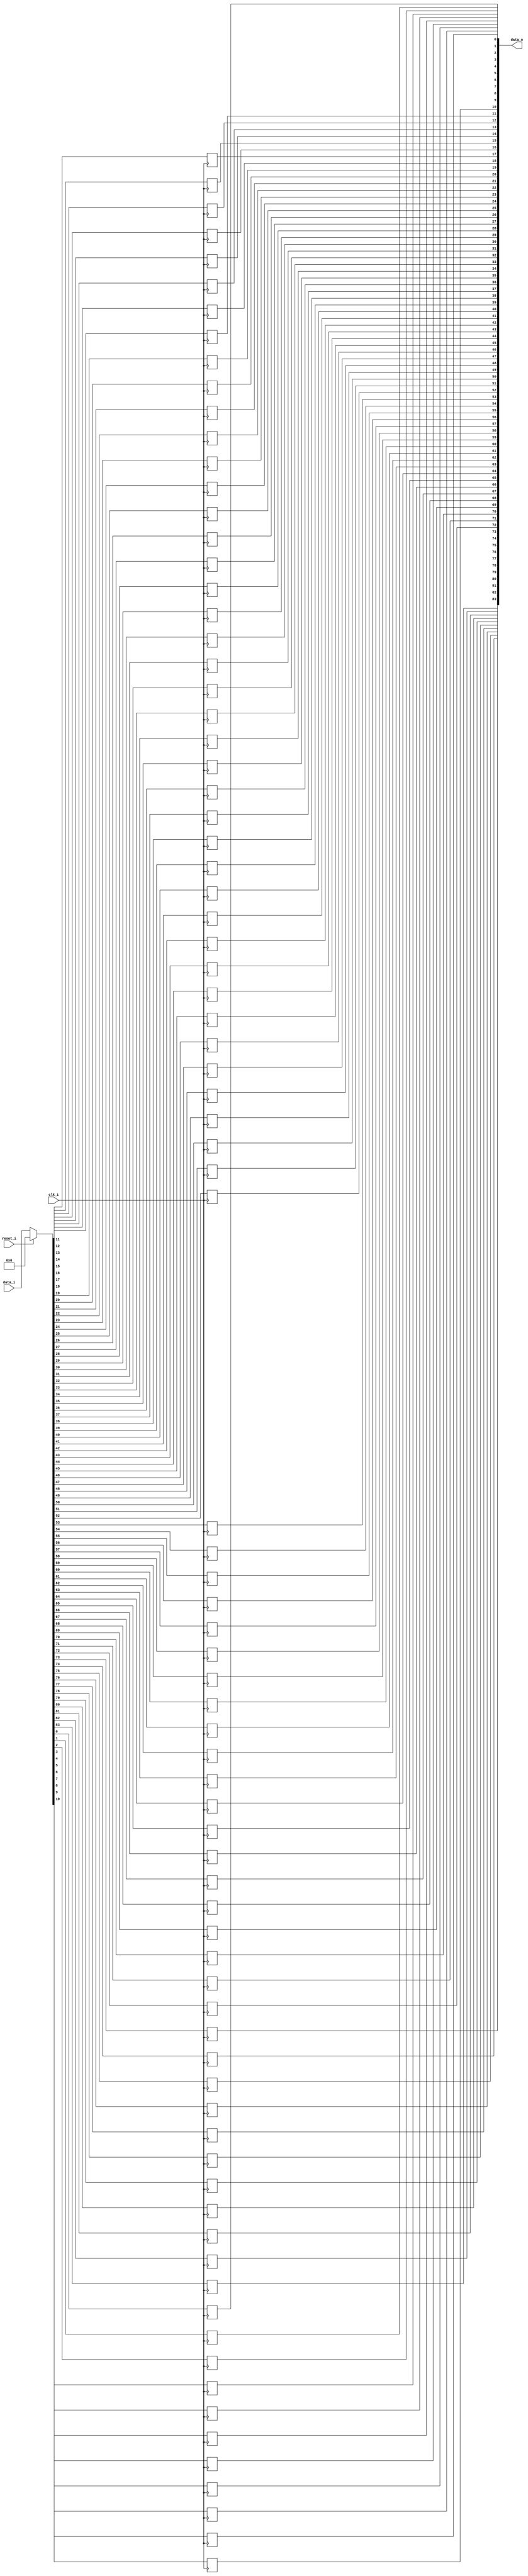
module bsg_dff_reset_width_p84
(
  clk_i,
  reset_i,
  data_i,
  data_o
);

  input [83:0] data_i;
  output [83:0] data_o;
  input clk_i;
  input reset_i;
  wire [83:0] data_o;
  wire N0,N1,N2,N3,N4,N5,N6,N7,N8,N9,N10,N11,N12,N13,N14,N15,N16,N17,N18,N19,N20,N21,
  N22,N23,N24,N25,N26,N27,N28,N29,N30,N31,N32,N33,N34,N35,N36,N37,N38,N39,N40,N41,
  N42,N43,N44,N45,N46,N47,N48,N49,N50,N51,N52,N53,N54,N55,N56,N57,N58,N59,N60,N61,
  N62,N63,N64,N65,N66,N67,N68,N69,N70,N71,N72,N73,N74,N75,N76,N77,N78,N79,N80,N81,
  N82,N83,N84,N85,N86;
  reg data_o_83_sv2v_reg,data_o_82_sv2v_reg,data_o_81_sv2v_reg,data_o_80_sv2v_reg,
  data_o_79_sv2v_reg,data_o_78_sv2v_reg,data_o_77_sv2v_reg,data_o_76_sv2v_reg,
  data_o_75_sv2v_reg,data_o_74_sv2v_reg,data_o_73_sv2v_reg,data_o_72_sv2v_reg,
  data_o_71_sv2v_reg,data_o_70_sv2v_reg,data_o_69_sv2v_reg,data_o_68_sv2v_reg,
  data_o_67_sv2v_reg,data_o_66_sv2v_reg,data_o_65_sv2v_reg,data_o_64_sv2v_reg,data_o_63_sv2v_reg,
  data_o_62_sv2v_reg,data_o_61_sv2v_reg,data_o_60_sv2v_reg,data_o_59_sv2v_reg,
  data_o_58_sv2v_reg,data_o_57_sv2v_reg,data_o_56_sv2v_reg,data_o_55_sv2v_reg,
  data_o_54_sv2v_reg,data_o_53_sv2v_reg,data_o_52_sv2v_reg,data_o_51_sv2v_reg,
  data_o_50_sv2v_reg,data_o_49_sv2v_reg,data_o_48_sv2v_reg,data_o_47_sv2v_reg,
  data_o_46_sv2v_reg,data_o_45_sv2v_reg,data_o_44_sv2v_reg,data_o_43_sv2v_reg,data_o_42_sv2v_reg,
  data_o_41_sv2v_reg,data_o_40_sv2v_reg,data_o_39_sv2v_reg,data_o_38_sv2v_reg,
  data_o_37_sv2v_reg,data_o_36_sv2v_reg,data_o_35_sv2v_reg,data_o_34_sv2v_reg,
  data_o_33_sv2v_reg,data_o_32_sv2v_reg,data_o_31_sv2v_reg,data_o_30_sv2v_reg,
  data_o_29_sv2v_reg,data_o_28_sv2v_reg,data_o_27_sv2v_reg,data_o_26_sv2v_reg,
  data_o_25_sv2v_reg,data_o_24_sv2v_reg,data_o_23_sv2v_reg,data_o_22_sv2v_reg,data_o_21_sv2v_reg,
  data_o_20_sv2v_reg,data_o_19_sv2v_reg,data_o_18_sv2v_reg,data_o_17_sv2v_reg,
  data_o_16_sv2v_reg,data_o_15_sv2v_reg,data_o_14_sv2v_reg,data_o_13_sv2v_reg,
  data_o_12_sv2v_reg,data_o_11_sv2v_reg,data_o_10_sv2v_reg,data_o_9_sv2v_reg,
  data_o_8_sv2v_reg,data_o_7_sv2v_reg,data_o_6_sv2v_reg,data_o_5_sv2v_reg,data_o_4_sv2v_reg,
  data_o_3_sv2v_reg,data_o_2_sv2v_reg,data_o_1_sv2v_reg,data_o_0_sv2v_reg;
  assign data_o[83] = data_o_83_sv2v_reg;
  assign data_o[82] = data_o_82_sv2v_reg;
  assign data_o[81] = data_o_81_sv2v_reg;
  assign data_o[80] = data_o_80_sv2v_reg;
  assign data_o[79] = data_o_79_sv2v_reg;
  assign data_o[78] = data_o_78_sv2v_reg;
  assign data_o[77] = data_o_77_sv2v_reg;
  assign data_o[76] = data_o_76_sv2v_reg;
  assign data_o[75] = data_o_75_sv2v_reg;
  assign data_o[74] = data_o_74_sv2v_reg;
  assign data_o[73] = data_o_73_sv2v_reg;
  assign data_o[72] = data_o_72_sv2v_reg;
  assign data_o[71] = data_o_71_sv2v_reg;
  assign data_o[70] = data_o_70_sv2v_reg;
  assign data_o[69] = data_o_69_sv2v_reg;
  assign data_o[68] = data_o_68_sv2v_reg;
  assign data_o[67] = data_o_67_sv2v_reg;
  assign data_o[66] = data_o_66_sv2v_reg;
  assign data_o[65] = data_o_65_sv2v_reg;
  assign data_o[64] = data_o_64_sv2v_reg;
  assign data_o[63] = data_o_63_sv2v_reg;
  assign data_o[62] = data_o_62_sv2v_reg;
  assign data_o[61] = data_o_61_sv2v_reg;
  assign data_o[60] = data_o_60_sv2v_reg;
  assign data_o[59] = data_o_59_sv2v_reg;
  assign data_o[58] = data_o_58_sv2v_reg;
  assign data_o[57] = data_o_57_sv2v_reg;
  assign data_o[56] = data_o_56_sv2v_reg;
  assign data_o[55] = data_o_55_sv2v_reg;
  assign data_o[54] = data_o_54_sv2v_reg;
  assign data_o[53] = data_o_53_sv2v_reg;
  assign data_o[52] = data_o_52_sv2v_reg;
  assign data_o[51] = data_o_51_sv2v_reg;
  assign data_o[50] = data_o_50_sv2v_reg;
  assign data_o[49] = data_o_49_sv2v_reg;
  assign data_o[48] = data_o_48_sv2v_reg;
  assign data_o[47] = data_o_47_sv2v_reg;
  assign data_o[46] = data_o_46_sv2v_reg;
  assign data_o[45] = data_o_45_sv2v_reg;
  assign data_o[44] = data_o_44_sv2v_reg;
  assign data_o[43] = data_o_43_sv2v_reg;
  assign data_o[42] = data_o_42_sv2v_reg;
  assign data_o[41] = data_o_41_sv2v_reg;
  assign data_o[40] = data_o_40_sv2v_reg;
  assign data_o[39] = data_o_39_sv2v_reg;
  assign data_o[38] = data_o_38_sv2v_reg;
  assign data_o[37] = data_o_37_sv2v_reg;
  assign data_o[36] = data_o_36_sv2v_reg;
  assign data_o[35] = data_o_35_sv2v_reg;
  assign data_o[34] = data_o_34_sv2v_reg;
  assign data_o[33] = data_o_33_sv2v_reg;
  assign data_o[32] = data_o_32_sv2v_reg;
  assign data_o[31] = data_o_31_sv2v_reg;
  assign data_o[30] = data_o_30_sv2v_reg;
  assign data_o[29] = data_o_29_sv2v_reg;
  assign data_o[28] = data_o_28_sv2v_reg;
  assign data_o[27] = data_o_27_sv2v_reg;
  assign data_o[26] = data_o_26_sv2v_reg;
  assign data_o[25] = data_o_25_sv2v_reg;
  assign data_o[24] = data_o_24_sv2v_reg;
  assign data_o[23] = data_o_23_sv2v_reg;
  assign data_o[22] = data_o_22_sv2v_reg;
  assign data_o[21] = data_o_21_sv2v_reg;
  assign data_o[20] = data_o_20_sv2v_reg;
  assign data_o[19] = data_o_19_sv2v_reg;
  assign data_o[18] = data_o_18_sv2v_reg;
  assign data_o[17] = data_o_17_sv2v_reg;
  assign data_o[16] = data_o_16_sv2v_reg;
  assign data_o[15] = data_o_15_sv2v_reg;
  assign data_o[14] = data_o_14_sv2v_reg;
  assign data_o[13] = data_o_13_sv2v_reg;
  assign data_o[12] = data_o_12_sv2v_reg;
  assign data_o[11] = data_o_11_sv2v_reg;
  assign data_o[10] = data_o_10_sv2v_reg;
  assign data_o[9] = data_o_9_sv2v_reg;
  assign data_o[8] = data_o_8_sv2v_reg;
  assign data_o[7] = data_o_7_sv2v_reg;
  assign data_o[6] = data_o_6_sv2v_reg;
  assign data_o[5] = data_o_5_sv2v_reg;
  assign data_o[4] = data_o_4_sv2v_reg;
  assign data_o[3] = data_o_3_sv2v_reg;
  assign data_o[2] = data_o_2_sv2v_reg;
  assign data_o[1] = data_o_1_sv2v_reg;
  assign data_o[0] = data_o_0_sv2v_reg;

  always @(posedge clk_i) begin
    if(1'b1) begin
      data_o_83_sv2v_reg <= N86;
    end 
  end


  always @(posedge clk_i) begin
    if(1'b1) begin
      data_o_82_sv2v_reg <= N85;
    end 
  end


  always @(posedge clk_i) begin
    if(1'b1) begin
      data_o_81_sv2v_reg <= N84;
    end 
  end


  always @(posedge clk_i) begin
    if(1'b1) begin
      data_o_80_sv2v_reg <= N83;
    end 
  end


  always @(posedge clk_i) begin
    if(1'b1) begin
      data_o_79_sv2v_reg <= N82;
    end 
  end


  always @(posedge clk_i) begin
    if(1'b1) begin
      data_o_78_sv2v_reg <= N81;
    end 
  end


  always @(posedge clk_i) begin
    if(1'b1) begin
      data_o_77_sv2v_reg <= N80;
    end 
  end


  always @(posedge clk_i) begin
    if(1'b1) begin
      data_o_76_sv2v_reg <= N79;
    end 
  end


  always @(posedge clk_i) begin
    if(1'b1) begin
      data_o_75_sv2v_reg <= N78;
    end 
  end


  always @(posedge clk_i) begin
    if(1'b1) begin
      data_o_74_sv2v_reg <= N77;
    end 
  end


  always @(posedge clk_i) begin
    if(1'b1) begin
      data_o_73_sv2v_reg <= N76;
    end 
  end


  always @(posedge clk_i) begin
    if(1'b1) begin
      data_o_72_sv2v_reg <= N75;
    end 
  end


  always @(posedge clk_i) begin
    if(1'b1) begin
      data_o_71_sv2v_reg <= N74;
    end 
  end


  always @(posedge clk_i) begin
    if(1'b1) begin
      data_o_70_sv2v_reg <= N73;
    end 
  end


  always @(posedge clk_i) begin
    if(1'b1) begin
      data_o_69_sv2v_reg <= N72;
    end 
  end


  always @(posedge clk_i) begin
    if(1'b1) begin
      data_o_68_sv2v_reg <= N71;
    end 
  end


  always @(posedge clk_i) begin
    if(1'b1) begin
      data_o_67_sv2v_reg <= N70;
    end 
  end


  always @(posedge clk_i) begin
    if(1'b1) begin
      data_o_66_sv2v_reg <= N69;
    end 
  end


  always @(posedge clk_i) begin
    if(1'b1) begin
      data_o_65_sv2v_reg <= N68;
    end 
  end


  always @(posedge clk_i) begin
    if(1'b1) begin
      data_o_64_sv2v_reg <= N67;
    end 
  end


  always @(posedge clk_i) begin
    if(1'b1) begin
      data_o_63_sv2v_reg <= N66;
    end 
  end


  always @(posedge clk_i) begin
    if(1'b1) begin
      data_o_62_sv2v_reg <= N65;
    end 
  end


  always @(posedge clk_i) begin
    if(1'b1) begin
      data_o_61_sv2v_reg <= N64;
    end 
  end


  always @(posedge clk_i) begin
    if(1'b1) begin
      data_o_60_sv2v_reg <= N63;
    end 
  end


  always @(posedge clk_i) begin
    if(1'b1) begin
      data_o_59_sv2v_reg <= N62;
    end 
  end


  always @(posedge clk_i) begin
    if(1'b1) begin
      data_o_58_sv2v_reg <= N61;
    end 
  end


  always @(posedge clk_i) begin
    if(1'b1) begin
      data_o_57_sv2v_reg <= N60;
    end 
  end


  always @(posedge clk_i) begin
    if(1'b1) begin
      data_o_56_sv2v_reg <= N59;
    end 
  end


  always @(posedge clk_i) begin
    if(1'b1) begin
      data_o_55_sv2v_reg <= N58;
    end 
  end


  always @(posedge clk_i) begin
    if(1'b1) begin
      data_o_54_sv2v_reg <= N57;
    end 
  end


  always @(posedge clk_i) begin
    if(1'b1) begin
      data_o_53_sv2v_reg <= N56;
    end 
  end


  always @(posedge clk_i) begin
    if(1'b1) begin
      data_o_52_sv2v_reg <= N55;
    end 
  end


  always @(posedge clk_i) begin
    if(1'b1) begin
      data_o_51_sv2v_reg <= N54;
    end 
  end


  always @(posedge clk_i) begin
    if(1'b1) begin
      data_o_50_sv2v_reg <= N53;
    end 
  end


  always @(posedge clk_i) begin
    if(1'b1) begin
      data_o_49_sv2v_reg <= N52;
    end 
  end


  always @(posedge clk_i) begin
    if(1'b1) begin
      data_o_48_sv2v_reg <= N51;
    end 
  end


  always @(posedge clk_i) begin
    if(1'b1) begin
      data_o_47_sv2v_reg <= N50;
    end 
  end


  always @(posedge clk_i) begin
    if(1'b1) begin
      data_o_46_sv2v_reg <= N49;
    end 
  end


  always @(posedge clk_i) begin
    if(1'b1) begin
      data_o_45_sv2v_reg <= N48;
    end 
  end


  always @(posedge clk_i) begin
    if(1'b1) begin
      data_o_44_sv2v_reg <= N47;
    end 
  end


  always @(posedge clk_i) begin
    if(1'b1) begin
      data_o_43_sv2v_reg <= N46;
    end 
  end


  always @(posedge clk_i) begin
    if(1'b1) begin
      data_o_42_sv2v_reg <= N45;
    end 
  end


  always @(posedge clk_i) begin
    if(1'b1) begin
      data_o_41_sv2v_reg <= N44;
    end 
  end


  always @(posedge clk_i) begin
    if(1'b1) begin
      data_o_40_sv2v_reg <= N43;
    end 
  end


  always @(posedge clk_i) begin
    if(1'b1) begin
      data_o_39_sv2v_reg <= N42;
    end 
  end


  always @(posedge clk_i) begin
    if(1'b1) begin
      data_o_38_sv2v_reg <= N41;
    end 
  end


  always @(posedge clk_i) begin
    if(1'b1) begin
      data_o_37_sv2v_reg <= N40;
    end 
  end


  always @(posedge clk_i) begin
    if(1'b1) begin
      data_o_36_sv2v_reg <= N39;
    end 
  end


  always @(posedge clk_i) begin
    if(1'b1) begin
      data_o_35_sv2v_reg <= N38;
    end 
  end


  always @(posedge clk_i) begin
    if(1'b1) begin
      data_o_34_sv2v_reg <= N37;
    end 
  end


  always @(posedge clk_i) begin
    if(1'b1) begin
      data_o_33_sv2v_reg <= N36;
    end 
  end


  always @(posedge clk_i) begin
    if(1'b1) begin
      data_o_32_sv2v_reg <= N35;
    end 
  end


  always @(posedge clk_i) begin
    if(1'b1) begin
      data_o_31_sv2v_reg <= N34;
    end 
  end


  always @(posedge clk_i) begin
    if(1'b1) begin
      data_o_30_sv2v_reg <= N33;
    end 
  end


  always @(posedge clk_i) begin
    if(1'b1) begin
      data_o_29_sv2v_reg <= N32;
    end 
  end


  always @(posedge clk_i) begin
    if(1'b1) begin
      data_o_28_sv2v_reg <= N31;
    end 
  end


  always @(posedge clk_i) begin
    if(1'b1) begin
      data_o_27_sv2v_reg <= N30;
    end 
  end


  always @(posedge clk_i) begin
    if(1'b1) begin
      data_o_26_sv2v_reg <= N29;
    end 
  end


  always @(posedge clk_i) begin
    if(1'b1) begin
      data_o_25_sv2v_reg <= N28;
    end 
  end


  always @(posedge clk_i) begin
    if(1'b1) begin
      data_o_24_sv2v_reg <= N27;
    end 
  end


  always @(posedge clk_i) begin
    if(1'b1) begin
      data_o_23_sv2v_reg <= N26;
    end 
  end


  always @(posedge clk_i) begin
    if(1'b1) begin
      data_o_22_sv2v_reg <= N25;
    end 
  end


  always @(posedge clk_i) begin
    if(1'b1) begin
      data_o_21_sv2v_reg <= N24;
    end 
  end


  always @(posedge clk_i) begin
    if(1'b1) begin
      data_o_20_sv2v_reg <= N23;
    end 
  end


  always @(posedge clk_i) begin
    if(1'b1) begin
      data_o_19_sv2v_reg <= N22;
    end 
  end


  always @(posedge clk_i) begin
    if(1'b1) begin
      data_o_18_sv2v_reg <= N21;
    end 
  end


  always @(posedge clk_i) begin
    if(1'b1) begin
      data_o_17_sv2v_reg <= N20;
    end 
  end


  always @(posedge clk_i) begin
    if(1'b1) begin
      data_o_16_sv2v_reg <= N19;
    end 
  end


  always @(posedge clk_i) begin
    if(1'b1) begin
      data_o_15_sv2v_reg <= N18;
    end 
  end


  always @(posedge clk_i) begin
    if(1'b1) begin
      data_o_14_sv2v_reg <= N17;
    end 
  end


  always @(posedge clk_i) begin
    if(1'b1) begin
      data_o_13_sv2v_reg <= N16;
    end 
  end


  always @(posedge clk_i) begin
    if(1'b1) begin
      data_o_12_sv2v_reg <= N15;
    end 
  end


  always @(posedge clk_i) begin
    if(1'b1) begin
      data_o_11_sv2v_reg <= N14;
    end 
  end


  always @(posedge clk_i) begin
    if(1'b1) begin
      data_o_10_sv2v_reg <= N13;
    end 
  end


  always @(posedge clk_i) begin
    if(1'b1) begin
      data_o_9_sv2v_reg <= N12;
    end 
  end


  always @(posedge clk_i) begin
    if(1'b1) begin
      data_o_8_sv2v_reg <= N11;
    end 
  end


  always @(posedge clk_i) begin
    if(1'b1) begin
      data_o_7_sv2v_reg <= N10;
    end 
  end


  always @(posedge clk_i) begin
    if(1'b1) begin
      data_o_6_sv2v_reg <= N9;
    end 
  end


  always @(posedge clk_i) begin
    if(1'b1) begin
      data_o_5_sv2v_reg <= N8;
    end 
  end


  always @(posedge clk_i) begin
    if(1'b1) begin
      data_o_4_sv2v_reg <= N7;
    end 
  end


  always @(posedge clk_i) begin
    if(1'b1) begin
      data_o_3_sv2v_reg <= N6;
    end 
  end


  always @(posedge clk_i) begin
    if(1'b1) begin
      data_o_2_sv2v_reg <= N5;
    end 
  end


  always @(posedge clk_i) begin
    if(1'b1) begin
      data_o_1_sv2v_reg <= N4;
    end 
  end


  always @(posedge clk_i) begin
    if(1'b1) begin
      data_o_0_sv2v_reg <= N3;
    end 
  end

  assign { N86, N85, N84, N83, N82, N81, N80, N79, N78, N77, N76, N75, N74, N73, N72, N71, N70, N69, N68, N67, N66, N65, N64, N63, N62, N61, N60, N59, N58, N57, N56, N55, N54, N53, N52, N51, N50, N49, N48, N47, N46, N45, N44, N43, N42, N41, N40, N39, N38, N37, N36, N35, N34, N33, N32, N31, N30, N29, N28, N27, N26, N25, N24, N23, N22, N21, N20, N19, N18, N17, N16, N15, N14, N13, N12, N11, N10, N9, N8, N7, N6, N5, N4, N3 } = (N0)? { 1'b0, 1'b0, 1'b0, 1'b0, 1'b0, 1'b0, 1'b0, 1'b0, 1'b0, 1'b0, 1'b0, 1'b0, 1'b0, 1'b0, 1'b0, 1'b0, 1'b0, 1'b0, 1'b0, 1'b0, 1'b0, 1'b0, 1'b0, 1'b0, 1'b0, 1'b0, 1'b0, 1'b0, 1'b0, 1'b0, 1'b0, 1'b0, 1'b0, 1'b0, 1'b0, 1'b0, 1'b0, 1'b0, 1'b0, 1'b0, 1'b0, 1'b0, 1'b0, 1'b0, 1'b0, 1'b0, 1'b0, 1'b0, 1'b0, 1'b0, 1'b0, 1'b0, 1'b0, 1'b0, 1'b0, 1'b0, 1'b0, 1'b0, 1'b0, 1'b0, 1'b0, 1'b0, 1'b0, 1'b0, 1'b0, 1'b0, 1'b0, 1'b0, 1'b0, 1'b0, 1'b0, 1'b0, 1'b0, 1'b0, 1'b0, 1'b0, 1'b0, 1'b0, 1'b0, 1'b0, 1'b0, 1'b0, 1'b0, 1'b0 } : 
                                                                                                                                                                                                                                                                                                                                                                                                                                           (N1)? data_i : 1'b0;
  assign N0 = reset_i;
  assign N1 = N2;
  assign N2 = ~reset_i;

endmodule